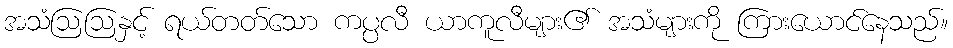
အသံဩဩနှင့် ရယ်တတ်သော ကပ္ပလီ ယာကူလီများ၏ အသံများကို ကြားယောင်နေသည်။